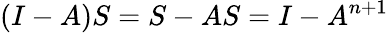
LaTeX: (I-A)S=S-AS=I-A^{n+1}